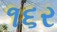
૧૬ર